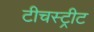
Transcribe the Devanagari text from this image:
टीचस्ट्रीट